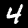
Label: 4